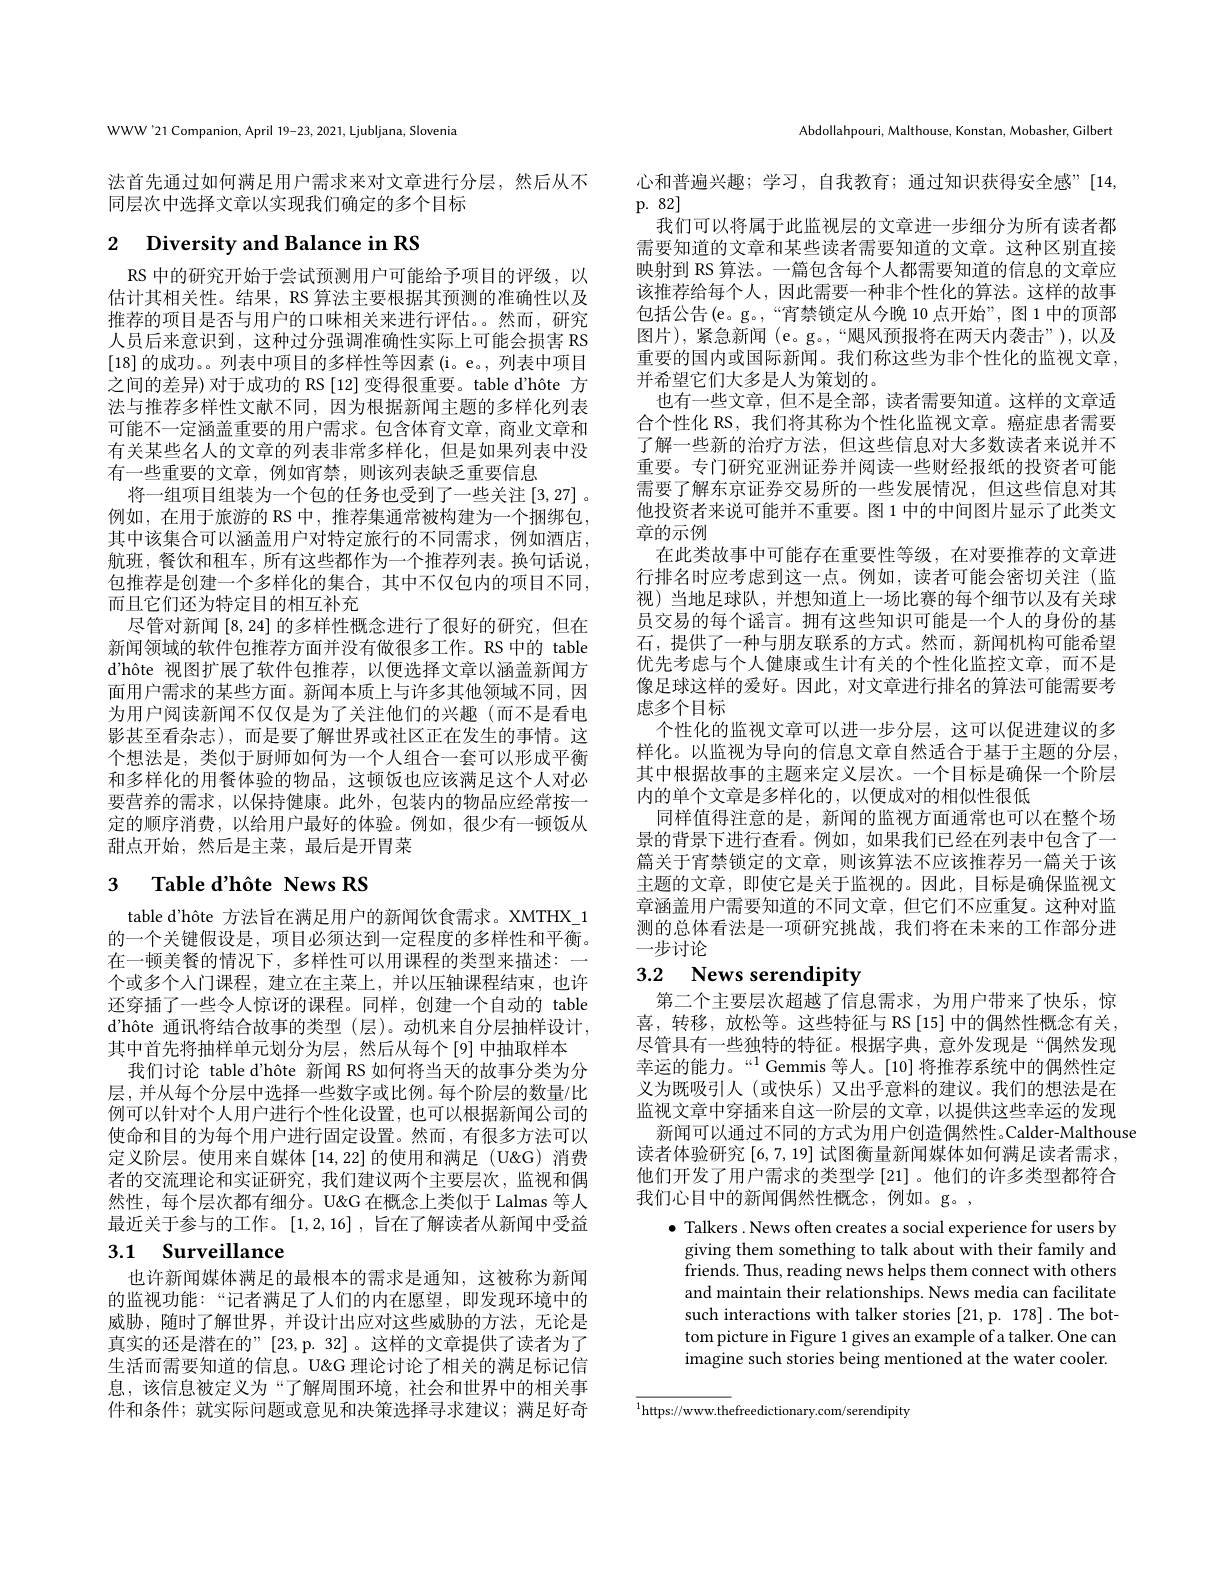
Abdollahpouri, Malthouse, Konstan, Mobasher, Cilbert

WWW'21 Companion, April 19-23, 2021, Ljubljana, Slovenia

法首先通过如何满足用户需求来对文章进行分层，然后从不
同层次中选择文章以实现我们确定的多个目标

# 2 Diversity and Balance in RS

RS 中的研究开始于尝试预测用户可能给予项目的评级，以估计其相关性。结果，RS 算法主要根据其预测的准确性以及推荐的项目是否与用户的口味相关来进行评估。然而，研究人员后来意识到，这种过分强调准确性实际上可能会损害 RS [18]的成功。。列表中项目的多样性等因素 (i。e。, 列表中项目之间的差异) 对于成功的 RS [12] 变得很重要。table d'hôte 方法与推荐多样性文献不同，因为根据新闻主题的多样化列表可能不一定涵盖重要的用户需求。包含体育文章，商业文章和有关某些名人的文章的列表非常多样化，但是如果列表中没有一些重要的文章，例如宵禁，则该列表缺乏重要信息
将一组项目组装为一个包的任务也受到了一些关注[3,27] 。例如，在用于旅游的 RS 中，推荐集通常被构建为一个捆绑包， 其中该集合可以涵盖用户对特定旅行的不同需求，例如酒店， 航班，餐饮和租车，所有这些都作为一个推荐列表。换句话说， 包推荐是创建一个多样化的集合，其中不仅包内的项目不同， 而且它们还为特定目的相互补充
尽管对新闻[8,24]的多样性概念进行了很好的研究，但在新闻领域的软件包推荐方面并没有做很多工作。RS 中的 table d'hôte 视图扩展了软件包推荐，以便选择文章以涵盖新闻方面用户需求的某些方面。新闻本质上与许多其他领域不同，因为用户阅读新闻不仅仅是为了关注他们的兴趣(而不是看电影甚至看杂志),而是要了解世界或社区正在发生的事情。这个想法是，类似于厨师如何为一个人组合一套可以形成平衡和多样化的用餐体验的物品，这顿饭也应该满足这个人对必要营养的需求，以保持健康。此外，包装内的物品应经常按一定的顺序消费，以给用户最好的体验。例如，很少有一顿饭从甜点开始，然后是主菜，最后是开胃菜

# 3 $\textbf{Table d' h\^{o} te News RS}$

table d'hôte 方法旨在满足用户的新闻饮食需求。XMTHX\_1的一个关键假设是，项目必须达到一定程度的多样性和平衡。在一顿美餐的情况下，多样性可以用课程的类型来描述：一个或多个人门课程，建立在主菜上，并以压轴课程结束，也许还穿插了一些令人惊讶的课程。同样，创建一个自动的 table d'hôte 通讯将结合故事的类型(层)。动机来自分层抽样设计， 其中首先将抽样单元划分为层，然后从每个[9]中抽取样本
我们讨论 table d'hôte 新闻 RS 如何将当天的故事分类为分层，并从每个分层中选择一些数字或比例。每个阶层的数量/比例可以针对个人用户进行个性化设置，也可以根据新闻公司的使命和目的为每个用户进行固定设置。然而，有很多方法可以定义阶层。使用来自媒体[14,22]的使用和满足(U&消费者的交流理论和实证研究，我们建议两个主要层次，监视和偶然性，每个层次都有细分。U&G 在概念上类似于 Lalmas 等人最近关于参与的工作。[1,2,16],旨在了解读者从新闻中受益

# 3.1 Surveillance

也许新闻媒体满足的最根本的需求是通知，这被称为新闻的监视功能：“记者满足了人们的内在愿望，即发现环境中的威胁，随时了解世界，并设计出应对这些威胁的方法，无论是真实的还是潜在的”[23,p. 32] 。这样的文章提供了读者为了生活而需要知道的信息。U&G 理论讨论了相关的满足标记信息，该信息被定义为“了解周围环境，社会和世界中的相关事件和条件；就实际问题或意见和决策选择寻求建议；满足好奇

心和普遍兴趣；学习，自我教育；通过知识获得安全感”[14,
p.82]

我们可以将属于此监视层的文章进一步细分为所有读者都需要知道的文章和某些读者需要知道的文章。这种区别直接映射到 RS 算法。一篇包含每个人都需要知道的信息的文章应该推荐给每个人，因此需要一种非个性化的算法。这样的故事包括公告(e。g。,“宵禁锁定从今晚 10 点开始”,图 1中的顶部图片),紧急新闻 (e。g。,“飓风预报将在两天内袭击”),以及重要的国内或国际新闻。我们称这些为非个性化的监视文章， 并希望它们大多是人为策划的。
也有一些文章，但不是全部，读者需要知道。这样的文章适合个性化 RS, 我们将其称为个性化监视文章。癌症患者需要了解一些新的治疗方法，但这些信息对大多数读者来说并不重要。专门研究亚洲证券并阅读一些财经报纸的投资者可能需要了解东京证券交易所的一些发展情况，但这些信息对其他投资者来说可能并不重要。图 1 中的中间图片显示了此类文章的示例
在此类故事中可能存在重要性等级，在对要推荐的文章进行排名时应考虑到这一点。例如，读者可能会密切关注(监视)当地足球队，并想知道上一场比赛的每个细节以及有关球员交易的每个谣言。拥有这些知识可能是一个人的身份的基石，提供了一种与朋友联系的方式。然而，新闻机构可能希望优先考虑与个人健康或生计有关的个性化监控文章，而不是像足球这样的爱好。因此，对文章进行排名的算法可能需要考虑多个目标
个性化的监视文章可以进一步分层，这可以促进建议的多样化。以监视为导向的信息文章自然适合于基于主题的分层， 其中根据故事的主题来定义层次。一个目标是确保一个阶层内的单个文章是多样化的，以便成对的相似性很低
同样值得注意的是，新闻的监视方面通常也可以在整个场景的背景下进行查看。例如，如果我们已经在列表中包含了一篇关于宵禁锁定的文章，则该算法不应该推荐另一篇关于该主题的文章，即使它是关于监视的。因此，目标是确保监视文章涵盖用户需要知道的不同文章，但它们不应重复。这种对监测的总体看法是一项研究挑战，我们将在未来的工作部分进一步讨论

# 3.2 News serendipity

第二个主要层次超越了信息需求，为用户带来了快乐，惊喜，转移，放松等。这些特征与 RS[15]中的偶然性概念有关， 尽管具有一些独特的特征。根据字典，意外发现是“偶然发现幸运的能力。“1 Gemmis 等人。[10]将推荐系统中的偶然性定义为既吸引人(或快乐)又出乎意料的建议。我们的想法是在监视文章中穿插来自这一阶层的文章，以提供这些幸运的发现
新闻可以通过不同的方式为用户创造偶然性。Calder-Malthouse
读者体验研究 [6,7,19] 试图衡量新闻媒体如何满足读者需求， 他们开发了用户需求的类型学 [21]。他们的许多类型都符合我们心目中的新闻偶然性概念，例如。g。,
$\bullet$ Talkers .News often creates a social experience for users by
giving them something to talk about with their family and friends. Thus, reading news helps them connect with others and maintain their relationships. News media can facilitate such interactions with talker stories [21,p. 178]. The bottom picture in Figure 1 gives an example of a talker. One can imagine such stories being mentioned at the water cooler.

${\overline{^{1}\text{https://www.thefreedictionary.com/serendipity}}}$